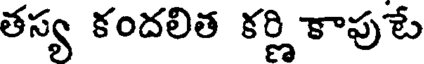
తస్య కందలిత కర్ణి కాపుటే